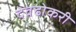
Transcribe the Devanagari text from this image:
देवढोकरी